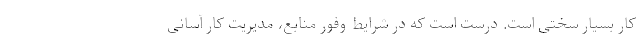
کار بسیار سختی است. درست است که در شرایط وفور منابع، مدیریت کار آسانی